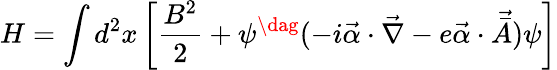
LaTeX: H=\int d^{2}x\left[\frac{B^{2}}{2}+\psi^{\dag}(-i{\vec{\alpha}}\cdot\vec{\nabla}-e{\vec{\alpha}}\cdot{\vec{{\bar{A}}}})\psi\right]